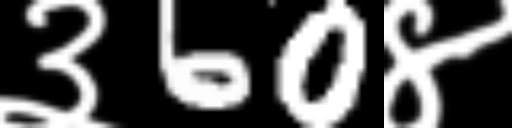
Text: ३60४